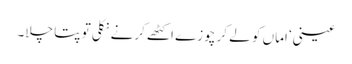
عینی‘ اماں کو لے کر چوزے اکٹھے کرنے نکلی تو پتا چلا۔